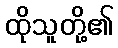
ထိုသူတို့၏